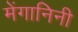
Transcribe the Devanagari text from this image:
मेंगानिनी